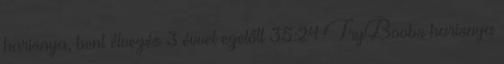
harisnya, bent élvezés 3 évvel ezelőtt 35:24 TryBoobs harisnya